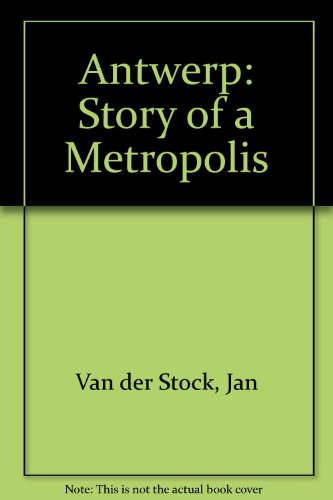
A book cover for Antwerp: Story of a Metropolis : 16Th-17th Century : Antwerp, Hessenhuis 25 June-10 October 1993; Jan Van Der Stock; History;